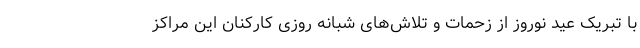
با تبریک عید نوروز از زحمات و تلاش‌های شبانه روزی کارکنان این مراکز